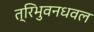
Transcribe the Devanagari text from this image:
त्रिभुवनधवल